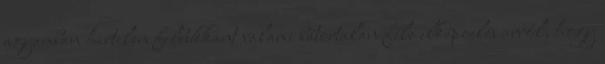
agyamban hirtelen felbukkant valami bátortalan féle elképzelés arról, hogy